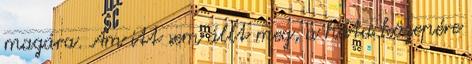
magára. Ám itt sem állt meg, a háta közepére